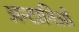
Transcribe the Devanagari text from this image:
अन्टानिओ